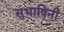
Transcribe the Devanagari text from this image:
सुभाषिनी